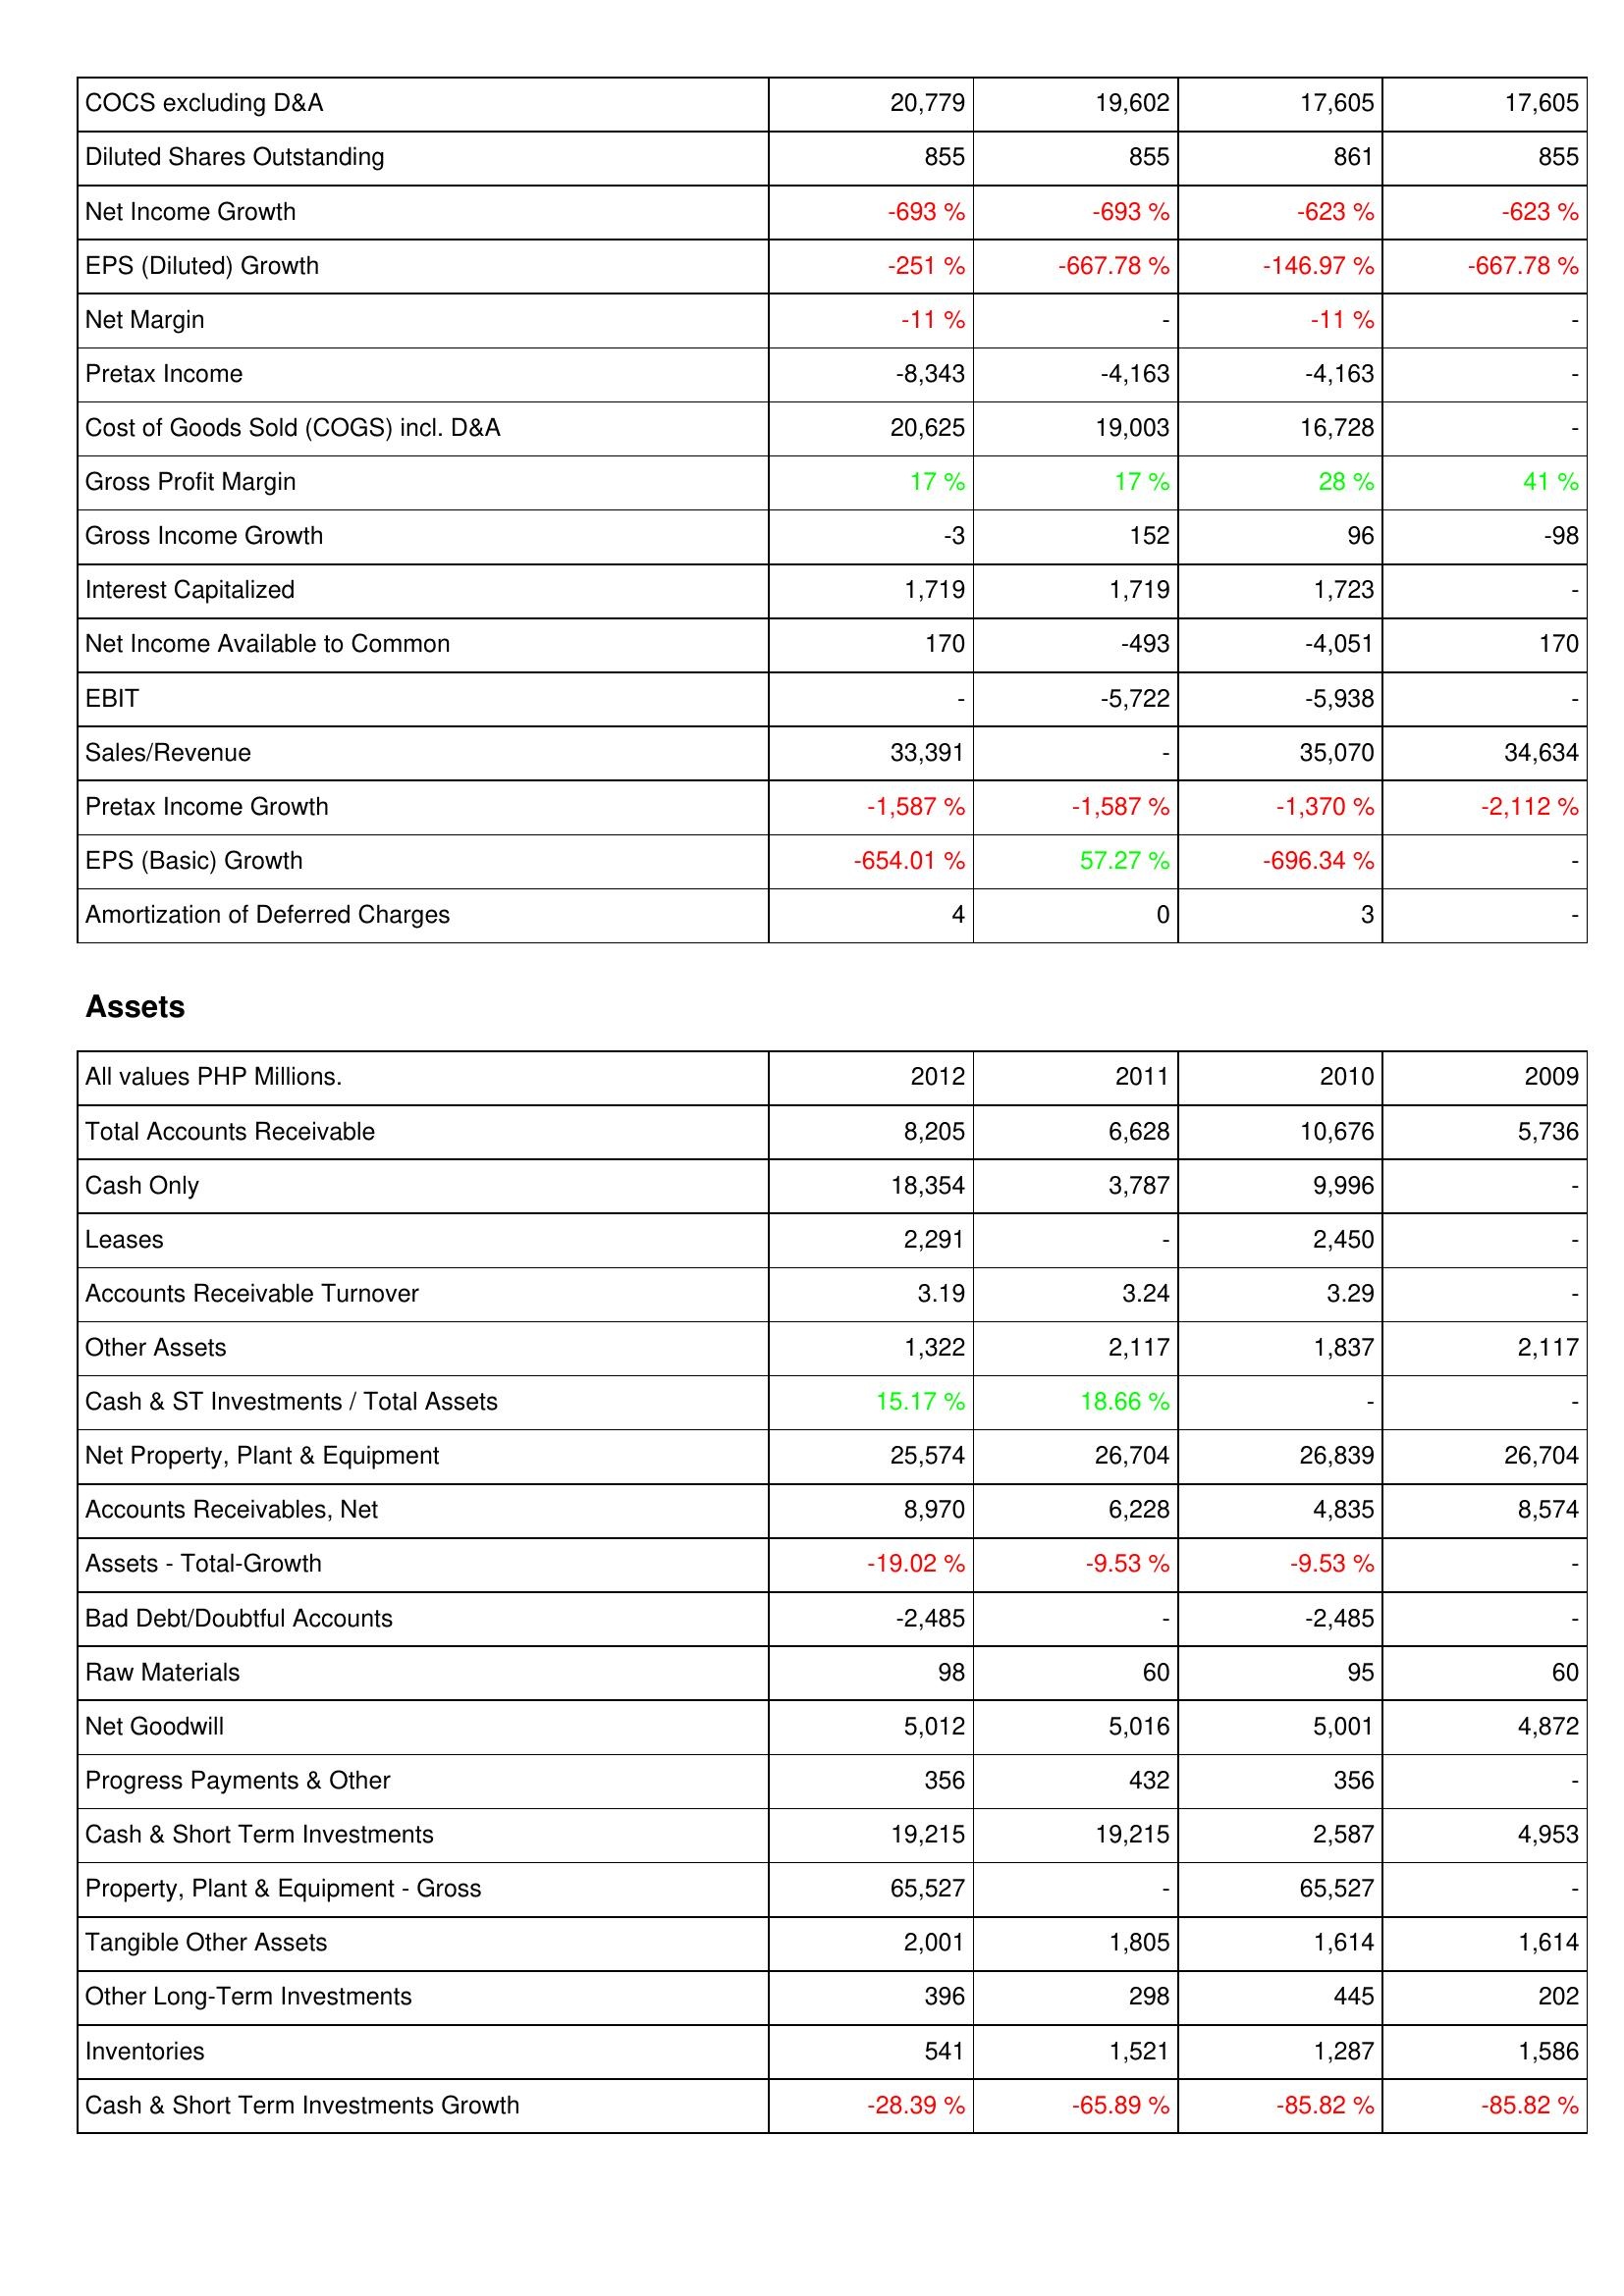
2012: Income Statement: COCS excluding D&A: 20,779
Diluted Shares Outstanding: 855
Net Income Growth: -693 %
EPS (Diluted) Growth: -251 %
Net Margin: -11 %
Pretax Income: -8,343
Cost of Goods Sold (COGS) incl. D&A: 20,625
Gross Profit Margin: 17 %
Gross Income Growth: -3
Interest Capitalized: 1,719
Net Income Available to Common: 170
EBIT: -
Sales/Revenue: 33,391
Pretax Income Growth: -1,587 %
EPS (Basic) Growth: -654.01 %
Amortization of Deferred Charges: 4
Assets: Total Accounts Receivable: 8,205
Cash Only: 18,354
Leases: 2,291
Accounts Receivable Turnover: 3.19
Other Assets: 1,322
Cash & ST Investments / Total Assets: 15.17 %
Net Property, Plant & Equipment: 25,574
Accounts Receivables, Net: 8,970
Assets - Total-Growth: -19.02 %
Bad Debt/Doubtful Accounts: -2,485
Raw Materials: 98
Net Goodwill: 5,012
Progress Payments & Other: 356
Cash & Short Term Investments: 19,215
Property, Plant & Equipment - Gross: 65,527
Tangible Other Assets: 2,001
Other Long-Term Investments: 396
Inventories: 541
Cash & Short Term Investments Growth: -28.39 %
2011: Income Statement: COCS excluding D&A: 19,602
Diluted Shares Outstanding: 855
Net Income Growth: -693 %
EPS (Diluted) Growth: -667.78 %
Net Margin: -
Pretax Income: -4,163
Cost of Goods Sold (COGS) incl. D&A: 19,003
Gross Profit Margin: 17 %
Gross Income Growth: 152
Interest Capitalized: 1,719
Net Income Available to Common: -493
EBIT: -5,722
Sales/Revenue: -
Pretax Income Growth: -1,587 %
EPS (Basic) Growth: 57.27 %
Amortization of Deferred Charges: 0
Assets: Total Accounts Receivable: 6,628
Cash Only: 3,787
Leases: -
Accounts Receivable Turnover: 3.24
Other Assets: 2,117
Cash & ST Investments / Total Assets: 18.66 %
Net Property, Plant & Equipment: 26,704
Accounts Receivables, Net: 6,228
Assets - Total-Growth: -9.53 %
Bad Debt/Doubtful Accounts: -
Raw Materials: 60
Net Goodwill: 5,016
Progress Payments & Other: 432
Cash & Short Term Investments: 19,215
Property, Plant & Equipment - Gross: -
Tangible Other Assets: 1,805
Other Long-Term Investments: 298
Inventories: 1,521
Cash & Short Term Investments Growth: -65.89 %
2010: Income Statement: COCS excluding D&A: 17,605
Diluted Shares Outstanding: 861
Net Income Growth: -623 %
EPS (Diluted) Growth: -146.97 %
Net Margin: -11 %
Pretax Income: -4,163
Cost of Goods Sold (COGS) incl. D&A: 16,728
Gross Profit Margin: 28 %
Gross Income Growth: 96
Interest Capitalized: 1,723
Net Income Available to Common: -4,051
EBIT: -5,938
Sales/Revenue: 35,070
Pretax Income Growth: -1,370 %
EPS (Basic) Growth: -696.34 %
Amortization of Deferred Charges: 3
Assets: Total Accounts Receivable: 10,676
Cash Only: 9,996
Leases: 2,450
Accounts Receivable Turnover: 3.29
Other Assets: 1,837
Cash & ST Investments / Total Assets: -
Net Property, Plant & Equipment: 26,839
Accounts Receivables, Net: 4,835
Assets - Total-Growth: -9.53 %
Bad Debt/Doubtful Accounts: -2,485
Raw Materials: 95
Net Goodwill: 5,001
Progress Payments & Other: 356
Cash & Short Term Investments: 2,587
Property, Plant & Equipment - Gross: 65,527
Tangible Other Assets: 1,614
Other Long-Term Investments: 445
Inventories: 1,287
Cash & Short Term Investments Growth: -85.82 %
2009: Income Statement: COCS excluding D&A: 17,605
Diluted Shares Outstanding: 855
Net Income Growth: -623 %
EPS (Diluted) Growth: -667.78 %
Net Margin: -
Pretax Income: -
Cost of Goods Sold (COGS) incl. D&A: -
Gross Profit Margin: 41 %
Gross Income Growth: -98
Interest Capitalized: -
Net Income Available to Common: 170
EBIT: -
Sales/Revenue: 34,634
Pretax Income Growth: -2,112 %
EPS (Basic) Growth: -
Amortization of Deferred Charges: -
Assets: Total Accounts Receivable: 5,736
Cash Only: -
Leases: -
Accounts Receivable Turnover: -
Other Assets: 2,117
Cash & ST Investments / Total Assets: -
Net Property, Plant & Equipment: 26,704
Accounts Receivables, Net: 8,574
Assets - Total-Growth: -
Bad Debt/Doubtful Accounts: -
Raw Materials: 60
Net Goodwill: 4,872
Progress Payments & Other: -
Cash & Short Term Investments: 4,953
Property, Plant & Equipment - Gross: -
Tangible Other Assets: 1,614
Other Long-Term Investments: 202
Inventories: 1,586
Cash & Short Term Investments Growth: -85.82 %